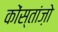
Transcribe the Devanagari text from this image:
कोंस्तांज़ो